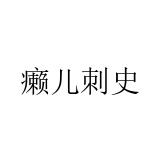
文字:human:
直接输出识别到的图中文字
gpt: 癞儿刺史